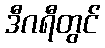
ဒီဂရီတွင်